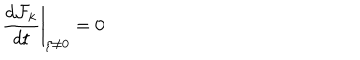
\left. \frac { d { \cal F } _ { k } } { d t } \right| _ { \zeta \neq 0 } = 0 \nonumber